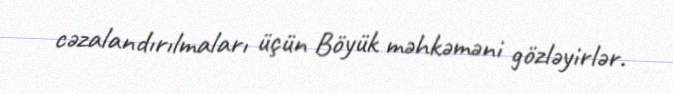
cəzalandırılmaları üçün Böyük məhkəməni gözləyirlər.